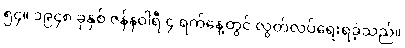
၅၄။ ၁၉၄၈ ခုနှစ် ဇန်နဝါရီ ၄ ရက်နေ့တွင် လွတ်လပ်ရေးရခဲ့သည်။